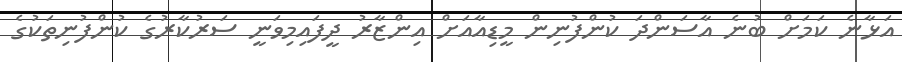
އަޅާނެ ކަމަށް ބުނެ އާސަންދަ ކުންފުނިން މީޑިއާއަށް އިންޒާރު ދީފައިމިވަނީ ސަރުކާރުގެ ކުންފުނިތަކުގެ